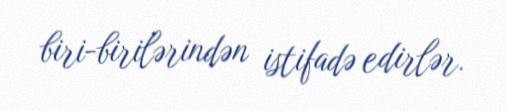
biri-birilərindən istifadə edirlər.